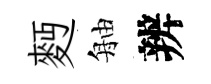
麪舳辨